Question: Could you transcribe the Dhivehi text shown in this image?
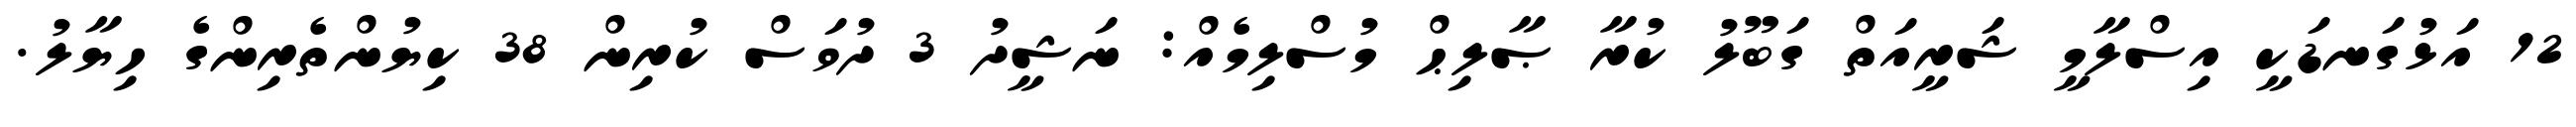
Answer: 12 އަޅުގަނޑަކީ އިސްލާމީ ޝަރީއަތް ގަބޫލު ކުރާ ޞާލިޙް މުސްލިމެއް: ނަޝީދު 3 ދުވަސް ކުރިން 38 ކިޔުންތެރިންގެ ހިޔާލު.